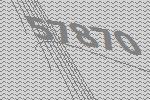
57870